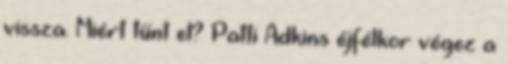
vissza. Miért tűnt el? Patti Adkins éjfélkor végez a